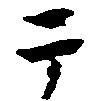
于